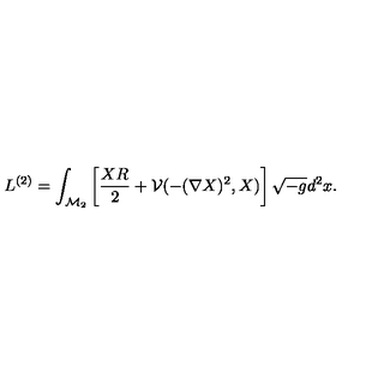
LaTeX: L ^ { ( 2 ) } = \int _ { \mathcal { M } _ { 2 } } \left[ \frac { X R } 2 + \mathcal { V } ( - ( \nabla X ) ^ { 2 } , X ) \right] \sqrt { - g } d ^ { 2 } x .